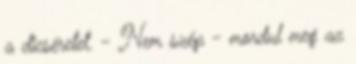
a dicséretet. - Nem szép - mordul meg az